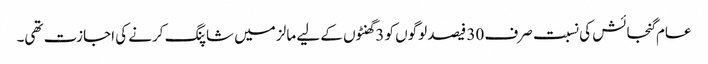
عام گنجائش کی نسبت صرف 30 فیصد لوگوں کو 3 گھنٹوں کے لیے مالز میں شاپنگ کرنے کی اجازت تھی۔